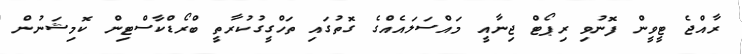
ރާއްޖެ ޓީވީން ފޮނުވި ރިޕޯޓް ޖިނާއީ މައްސަލައެއްގެ ގޮތުގައި ތަހްގީގުކުރާތީ ބްރޯޑްކާސްޓިން ކޮމިޝަނުން